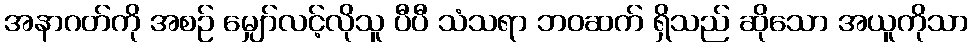
အနာဂတ်ကို အစဉ် မျှော်လင့်လိုသူ ပီပီ သံသရာ ဘဝဆက် ရှိသည် ဆိုသော အယူကိုသာ